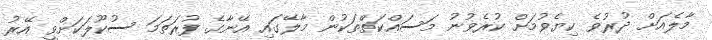
މާލެއަށް ދުރުވެ ކިޔެވުމަށް ކުރެވުނު މަސައްކަތްތަކުން މާލޭގައި އޭނާގެ ފުރަތަމަ ސުކޫލަކަށްވީ އޭރު